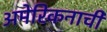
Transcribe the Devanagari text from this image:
अमेरिकनाची